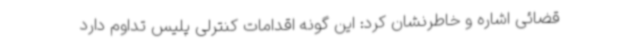
قضائی اشاره و خاطرنشان کرد: این گونه اقدامات کنترلی پلیس تداوم دارد